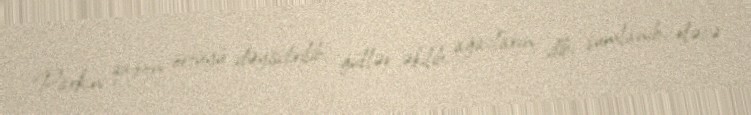
Parkın qazon örtüyü dəyişdirilib, güllər əkilib, ağacların dibi şumlanıb, eləcə